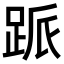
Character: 𬦱